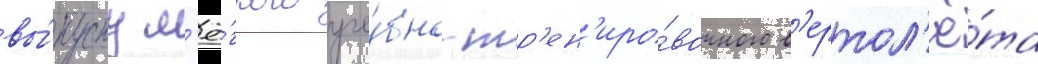
вы́пуску л'ё́гкого уче́бно-тр'ен'иро́вочного в'ертол'ё́та